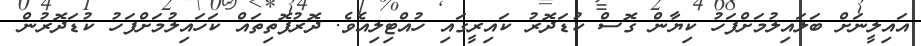
އައިލީނަށް ބަލައިލުމަށްފަހު ކިޔާން ގޮސް ކުޑަދޮރު ކައިރީގައި ހުއްޓިލިއެވެ. ދޮރުފޮތިތައް ކަހައިލުމަށްފަހު ކުޑަދޮރުން